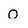
Character: O